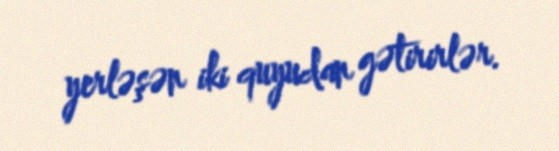
yerləşən iki quyudan gətirirlər.